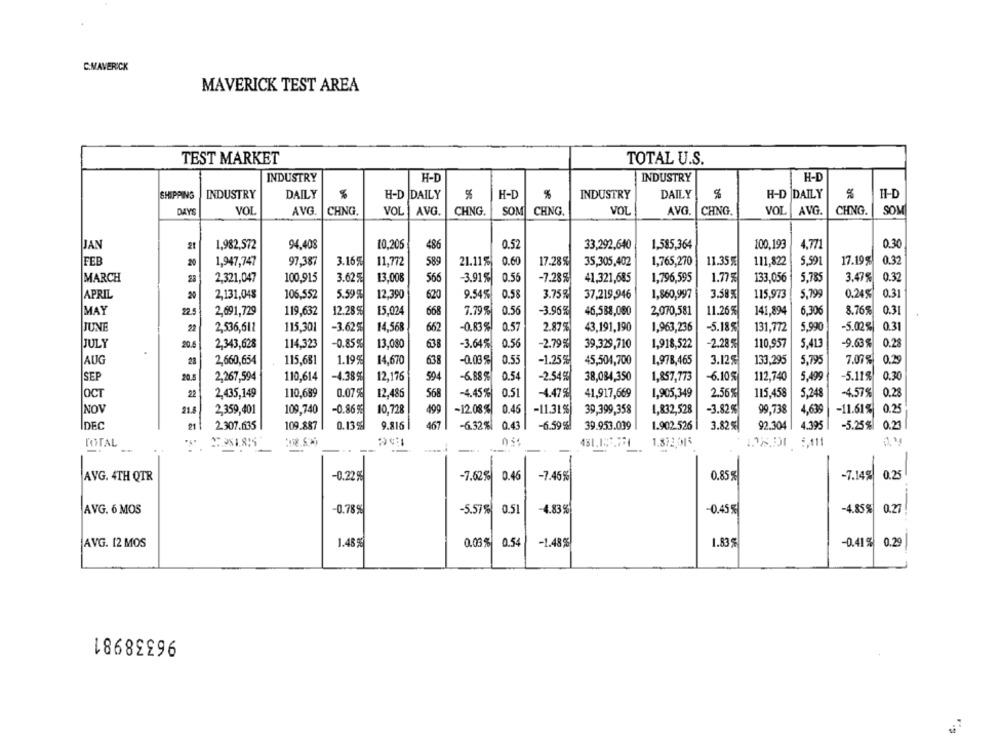
C.MAVERICK
MAVERICK TEST AREA
TEST MARKET
TOTAL U.S.
INDUSTRY
H-D
INDUSTRY
H-D
SHIPPING
H-D DAILY
DAILY
H-D
DAILY
H-D
INDUSTRY
DAILY
%
H-D
INDUSTRY
%
DAYS
VOL
AVG
CHNG.
VOL
AVG
CHNG.
SOM
CHNG.
VOL
AVG.
CHING.
VOL
AVG.
CHNG.
SOM
1,982,572
94.408
10.205
486
0.52
33,292,640
1,585,364
100,193
0.30
JAN
4,771
FEB
20
1,947,747
97.387
3.16%
11,772
589
21.11%
0.60
17.28%
35,305,402
1,765,270
11.35%
111,822
5,591
17.19%
0.32
MARCH
28
2,321,047
100.915
3.62%
13,008
566
-3.91%
0.56
-7.28%
41,321,685
1,796,595
1.77 %
133,056
5,785
3.47%
0.32
APRIL
20
2,131,048
106.552
5.59 %
12,390
620
9.54%
0.58
3.75%
37,219,946
1,860,997
3.58 %
115,973
5,799
0.24%|
0.31
MAY
2.5
2,691,729
119,632
12.28 %
15,024
7.79%
0.56
-3.96%
46,588,080
2,070,581
11.26%
141,894
6.30€
8.76%
0.31
668
-0,83%
2.87%
43,191,190
5.990
-5.02 %
0.31
JUNE
22
2,536,611
115,301
-3.62%
14,568
662
0.57
1,963,236
-5.18%
131,772
JULY
20.5
2,343,628
114,323
-0.85%
13,080
638
-3.64%
0.56
-2.79%
39,329,710
1,918,522
-2.28 %
110,957
5,413
-9.63%
0.28
AUG
28
2,660,654
115,681
1.19%
14,670
638
-0.03 %
0.55
-1.25%
45,504,700
1,978,465
3.12%
133,295
5,795
7.07%
0.29
SEP
20.
2,267,594
110,614
-4.38 9
12,176
594
-6.88 %
0.54
-2.54%
38,084,350
1,857,773
-6.10%
112,740
5.499
-5.11%
0.30
22
110,689
0.07%
12,486
-4.45%
0.51
-4.47 %
41,917,669
1,905,349
2.56%
115.458
5,248
-4.57%
OCT
2,435,149
568
0.28
10.728
499
-12.08%
0.45
-3.82%
99.738
0.25
NOV
21.8
2,359,401
109,740
-0.86%
-11.31%
39,399,358
1,832,528
4,639
-11.61%
DEC
467
21
2.307.635
109.887
0.135
9.816
-6.32%
0.43
-6.59 %!
39.953.039
1.902.526
3.82 %|
92.304
4.395
-5.25%
0.23
22.951.819
1.872,015
TOTAL_
--
0.25
AVG. 4TH QTR
-0.22%
-7.62% 0.46
-7.46%
0.85%
-7.14%
AVG. 6 MOS
-0.78%
-5.57%
0.51
-4.83 %
-0.45 %
-4.85%
0.27
1.48 gl
0.03% 0.54
-1.48%
AVG. 12 MOS
1.83
-0.41% 0.29
96338981